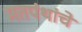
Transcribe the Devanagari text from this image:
मतपंथांचे